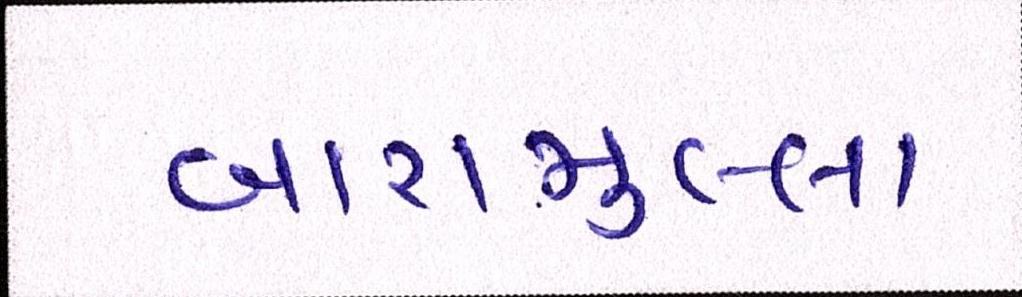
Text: બારામુલ્લા